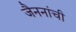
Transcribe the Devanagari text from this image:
जैननांची